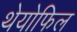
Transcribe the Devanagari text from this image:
थेयोफिल